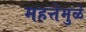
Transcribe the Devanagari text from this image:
महत्तेमुळे